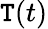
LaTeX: \mathtt{T}(t)